Medical and sanitary report of the native army of Bengal for the year
Year: 1876
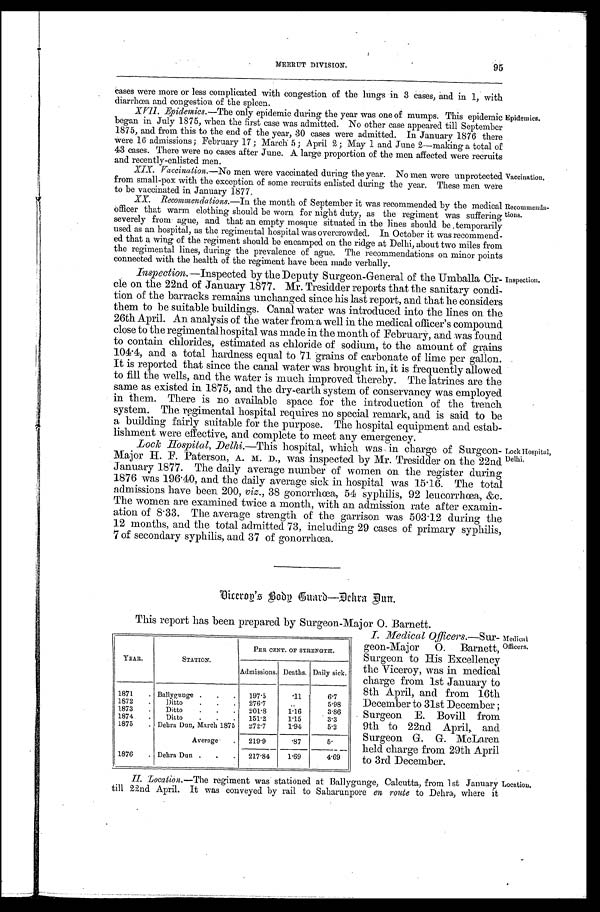
MEERUT DIVISION.
95
cases were more or less complicated with congestion of the lungs in 3 cases, and in 1, with
diarrhœa and congestion of the spleen.
XVII. Epidemics. —The only epidemic during the year was one of mumps. This epidemic
began in July 1875, when the first case was admitted. No other case appeared till September
1875, and from this to the end of the year, 30 cases were admitted. In January 1876 there
were 16 admissions ; February 17 ; March 5; April 2; May 1 and June 2—making a total of
43 cases. There were no cases after June. A large proportion of the men affected were recruits
and recently-enlisted men.
XIX. Vaccination. —No men were vaccinated during the year. No men were unprotected
from small-pox with the exception of some recruits enlisted during the year. These men were
to be vaccinated in January 1877.
XX. Recommendations.—In the month of September it was recommended by the medical
Officer that warm clothing should be worn for night duty, as the regiment was suffering
severely from ague, and that an empty mosque situated in the lines should be temporarily
used as an hospital, as the regimental hospital was overcrowded. In October it was recommend-
ed that a wing of the regiment should be encamped on the ridge at Delhi, about two miles from
the regimental lines, during the prevalence of ague. The recommendations on minor points
connected with the health of the regiment have been made verbally.
Inspection. —Inspected by the Deputy Surgeon-General of the Umballa Cir-
cle on the 22nd of January 1877. Mr. Tresidder reports that the sanitary condi-
tion of the barracks remains unchanged since his last report, and that he considers
them to be suitable buildings. Canal water was introduced into the lines on the
26th April. An analysis of the water from a well in the medical officer's compound
close to the regimental hospital was made in the month of February, and was found
to contain chlorides, estimated as chloride of sodium, to the amount of grains
104. 4, and a total hardness equal to 71 grains of carbonate of lime per gallon.
It is reported that since the canal water was brought in, it is frequently allowed
to fill the wells, and the water is much improved thereby. The latrines are the
same as existed in 1875, and the dry-earth system of conservancy was employed
in them. There is no available space for the introduction of the trench
system. The regimental hospital requires no special remark, and is said to be
a building fairly suitable for the purpose. The hospital equipment and estab-
lishment were effective, and complete to meet any emergency.
Lock Hospital, Delhi. —This hospital, which was in charge of Surgeon-
Major H. F. Paterson, A. M. D., was inspected by Mr. Tresidder on the 22nd
January 1877. The daily average number of women on the register during
1876 was 196.40, and the daily average sick in hospital was 15 . 16. The total
admissions have been 200, viz., 38 gonorrhœa, 54 syphilis, 92 leucorrhœa, &c.
The women are examined twice a month, with an admission rate after examin-
ation of 8 . 33. The average strength of the garrison was 503 . 12 during the
12 months, and the total admitted 73, including 29 cases of primary syphilis,
7 of secondary syphilis, and 37 of gonorrhœa.
This report has been prepared by Surgeon-Major O. Barnett.
Lock Hospital,
Delhi.
Epidemics.
Vaccination.
Recommenda-
tions.
Inspection.
I. Medical Officers.—Sur-
geon-Major O. Barnett,
Surgeon to His Excellency
the Viceroy, was in medical
charge from 1st January to
8th April, and from 16th
December to 31st December ;
Surgeon E. Bovill from
9th to 22nd April, and
Surgeon G. G. McLaren
held charge from 29th April
to 3rd December.
Medical
Officers.
YEAR.
STATION.
PER CENT. OF STRENGTH.
Admissions. Deaths. Daily sick.
1871
. Ballygunge .
.
.
197.5
.11
6.7
1872
.
Ditto
.
.
.
276.7
. .
5.98
1873
.
Ditto
.
.
.
201.8
1.16
3.86
1874
.
Ditto
. .
.
151.2
1.15
3.3
1875
. Dehra Dun, March 1875
272.7
1.94
5.2
Average
.
219.9
.87
5.
1876
. Dehra Dun .
.
.
217.84
1.69
4.69
II. Location. —The regiment was stationed at Ballygunge, Calcutta, from 1st January
till 22nd April. It was conveyed by rail to Saharunpore en route to Dehra, where it
Location.